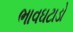
ભાવઘટાડો